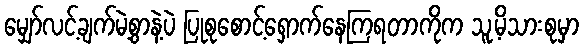
မျှော်လင့်ချက်မဲ့စွာနဲ့ပဲ ပြုစုစောင့်ရှောက်နေကြရတာကိုက သူ့မိသားစုမှာ